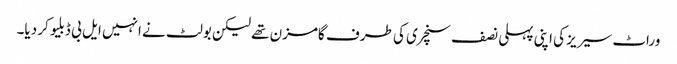
وراٹ سیریز کی اپنی پہلی نصف سنچری کی طرف گامزن تھے لیکن بولٹ نے انہیں ایل بی ڈبلیو کر دیا۔